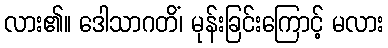
လား၏။ ဒေါသာဂတိံ၊ မုန်းခြင်းကြောင့် မလား